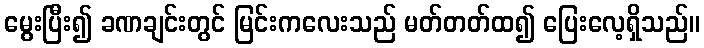
မွေးပြီး၍ ခဏချင်းတွင် မြင်းကလေးသည် မတ်တတ်ထ၍ ပြေးလေ့ရှိသည်။